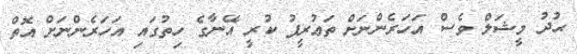
ޙުދު މީޝަލް ވެސް އަހަރެންނަށް ތަޢުރީފު ކުރީ އޭނާގެ ހިތުގައި އަހަރެންނަށް އޮތް